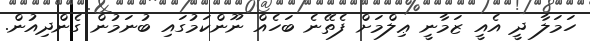
ހަމަލާ ދީ އެއީ ޒަމާނީ ޢިލްމަށް ފެތޭނެ ބަހެއް ނޫންކަމުގައި ބުނަމުން ގެންދިއުން.